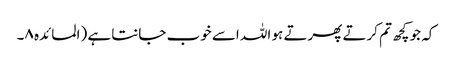
کہ جو کچھ تم کرتے پھرتے ہو اللہ اسے خوب جانتا ہے (المائدہ ۸۔